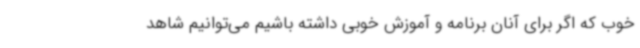
خوب که اگر برای آنان برنامه و آموزش خوبی داشته باشیم می‌توانیم شاهد